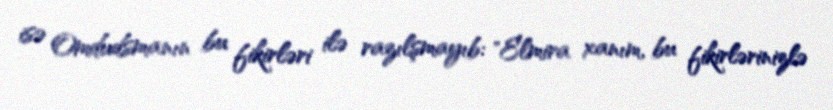
isə Omdudsmanın bu fikirləri ilə razılşmayıb: "Elmira xanım, bu fikirlərinizlə